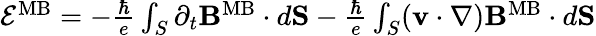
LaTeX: \begin{array}{r}{{\cal E}^{\mathrm{MB}}=-{\frac{\hbar}{e}}\int_{S}\partial_{t}{\mathbf B}^{\mathrm{MB}}\cdot d{\mathbf S}-{\frac{\hbar}{e}}\int_{S}({\mathbf v}\cdot\nabla){\mathbf B}^{\mathrm{MB}}\cdot d{\mathbf S}}\end{array}